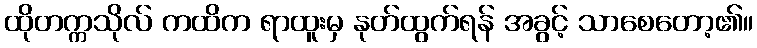
ထိုတက္ကသိုလ် ကထိက ရာထူးမှ နုတ်ထွက်ရန် အခွင့် သာစေတော့၏။